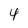
Character: 4